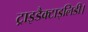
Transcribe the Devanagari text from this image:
ट्राइडैक्टाइलिडी।